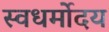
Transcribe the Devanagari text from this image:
स्वधर्मोदय